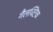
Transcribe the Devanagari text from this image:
गैलक्टिक